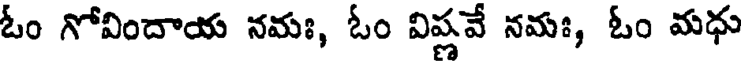
ఓం గోవిందాయ నమః, ఓం విష్ణవే నమః, ఓం మధు